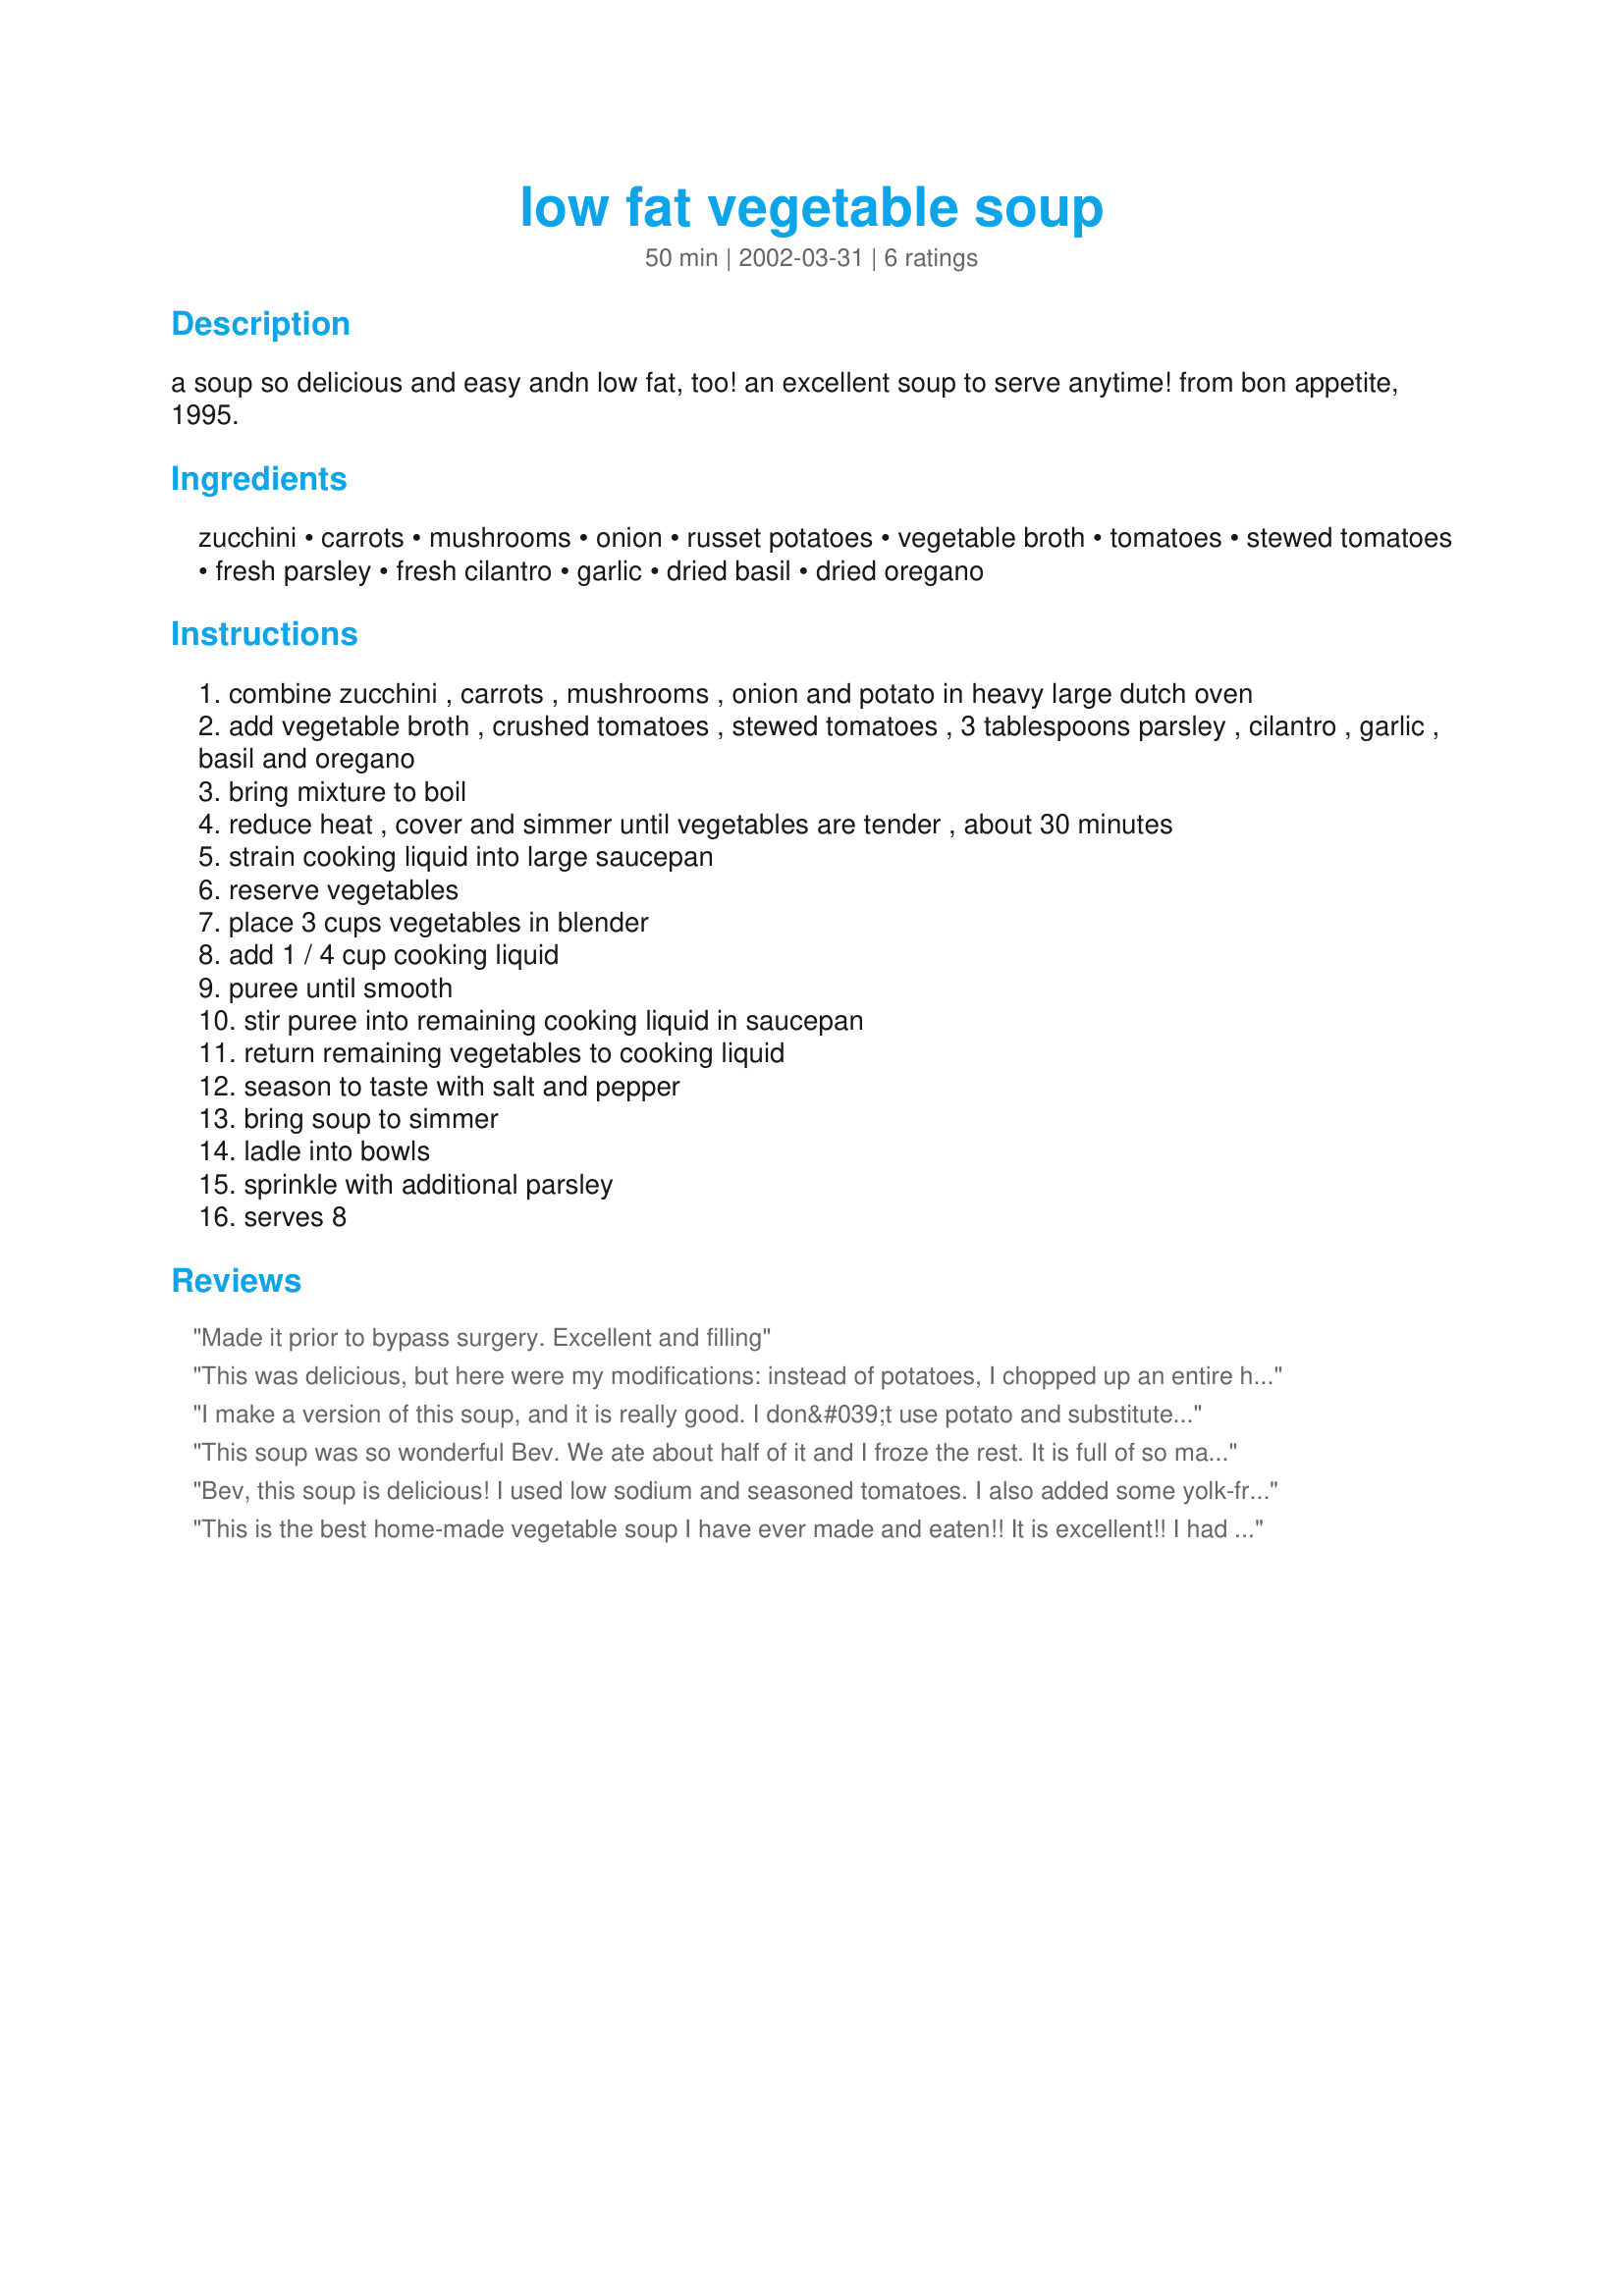
low fat vegetable soup
Preparation time: 50 minutes

a soup so delicious and easy andn low fat, too! an excellent soup to serve anytime! from bon appetite, 1995.

Ingredients:
zucchini, carrots, mushrooms, onion, russet potatoes, vegetable broth, tomatoes, stewed tomatoes, fresh parsley, fresh cilantro, garlic, dried basil, dried oregano

Steps:
combine zucchini , carrots , mushrooms , onion and potato in heavy large dutch oven
add vegetable broth , crushed tomatoes , stewed tomatoes , 3 tablespoons parsley , cilantro , garlic , basil and oregano
bring mixture to boil
reduce heat , cover and simmer until vegetables are tender , about 30 minutes
strain cooking liquid into large saucepan
reserve vegetables
place 3 cups vegetables in blender
add 1 / 4 cup cooking liquid
puree until smooth
stir puree into remaining cooking liquid in saucepan
return remaining vegetables to cooking liquid
season to taste with salt and pepper
bring soup to simmer
ladle into bowls
sprinkle with additional parsley
serves 8

Reviews:
Made it prior to bypass surgery. Excellent and filling
This was delicious, but here were my modifications: instead of potatoes, I chopped up an entire head of green cabbage. When the soup was finished, I just felt it needed a little oomph, so I stirred in about 2 tablespoons of goat cheese, and wallah, huge difference the goat cheese made. I will make this all winter it's so fast, healthy and easy.
I make a version of this soup, and it is really good. I don&#039;t use potato and substitute yellow squash for the zucchini. I use a combination of beef broth and chicken broth, increase the basil by 1 teaspoon, and don&#039;t measure the parsley or cilantro (just chop about half a bunch of each). That is one thing I love about this soup; you can change it to suit your particular tastes. I like it best with a squeeze of lime added to the soup bowl just before serving. I usually serve it with cornbread.
This soup was so wonderful Bev. We ate about half of it and I froze the rest. It is full of so many good things and is healthy as well. I really crave good soup in the fall and wintertime and this hit the spot. Very well seasoned and easy to make. Thanks.
Bev, this soup is delicious! I used low sodium and seasoned tomatoes. I also added some yolk-free noodles at the end. I will freeze portions to have for healthy lunches. Thank you.
This is the best home-made vegetable soup I have ever made and eaten!! It is excellent!! I had a low-fat vegetable soup at a chain restaurant that I loved and decided to look for a recipe to make at home. This is practically identical to the soup I ate at the restaurant, but this recipe is so much better. Love, love, loved it!
